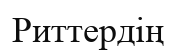
Риттердің